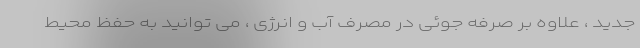
جدید ، علاوه بر صرفه جوئی در مصرف آب و انرژی ، می توانید به حفظ محیط